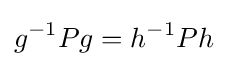
g^{-1}Pg=h^{-1}Ph